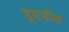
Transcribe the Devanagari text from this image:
हूयडोंक